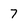
Character: 7